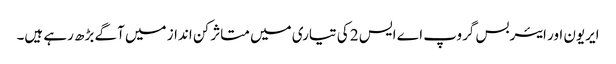
ایریون اور ایئربس گروپ اے ایس 2 کی تیاری میں متاثر کن انداز میں آگے بڑھ رہے ہیں۔